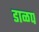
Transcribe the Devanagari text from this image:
डाळप